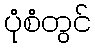
ပုံစံတွင်